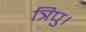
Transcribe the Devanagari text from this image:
त्रिपु।